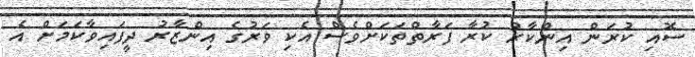
ސޮއި ކުރަން އިންކާރު ކުރާ ފަރާތްތަކަށްވެސް އެކި ވަރުގެ އިންޒާރު ދީފައިވާކަމަށް އެ